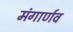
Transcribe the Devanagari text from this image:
मंगार्णव